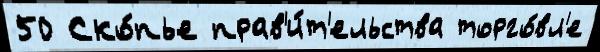
50 Ско́пье прав'и́т'ельства торго́вл'е